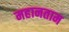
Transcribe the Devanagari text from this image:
महानताम